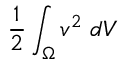
\frac { 1 } { 2 } \int _ { \Omega } \boldsymbol { v } ^ { 2 } \ d V